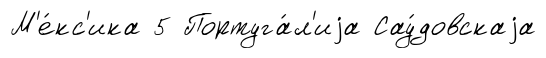
М'е́кс'ика 5 Португа́л'иjа Сау́довскаjа